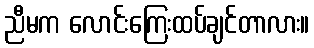
ညီမက လောင်းကြေးထပ်ချင်တာလား။